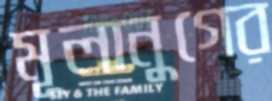
মূলানুগের